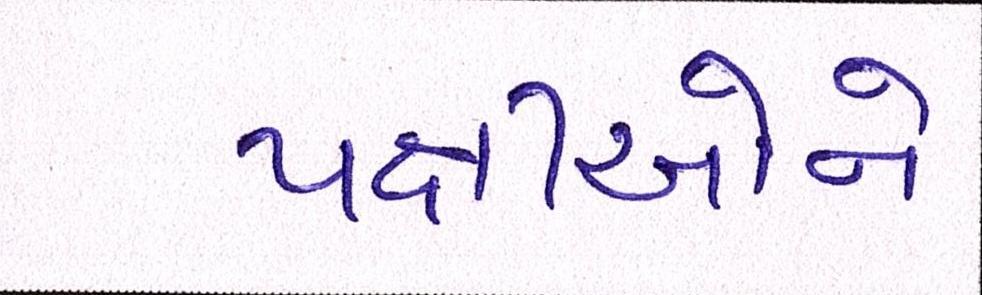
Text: પક્ષીઓને